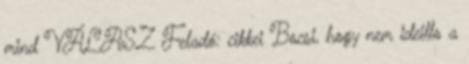
mind VÁLASZ Feladó: cikkei Bocsi, hogy nem ideillo a